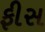
ફીસ